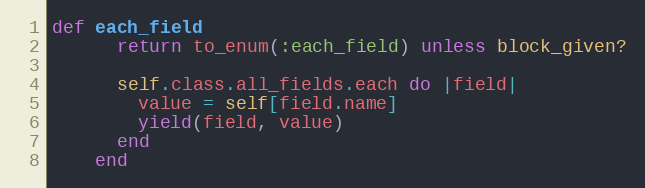
Language: Ruby
def each_field
      return to_enum(:each_field) unless block_given?

      self.class.all_fields.each do |field|
        value = self[field.name]
        yield(field, value)
      end
    end